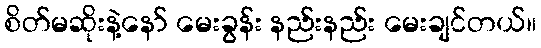
စိတ်မဆိုးနဲ့နော် မေးခွန်း နည်းနည်း မေးချင်တယ်။